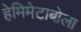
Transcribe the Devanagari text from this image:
हेमिमेटाबोला